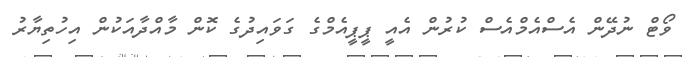
ވޯޓް ނުދޭން އެސްއެމްއެސް ކުރުން އެއީ ޕީޕީއެމްގެ ގަވައިދުގެ ކޮން މާއްދާއަކުން އިހުތިޔާރު